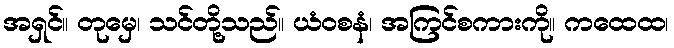
အရှင်။ တုမှေ၊ သင်တို့သည်။ ယံဝစနံ၊ အကြင်စကားကို။ ကထေထ၊